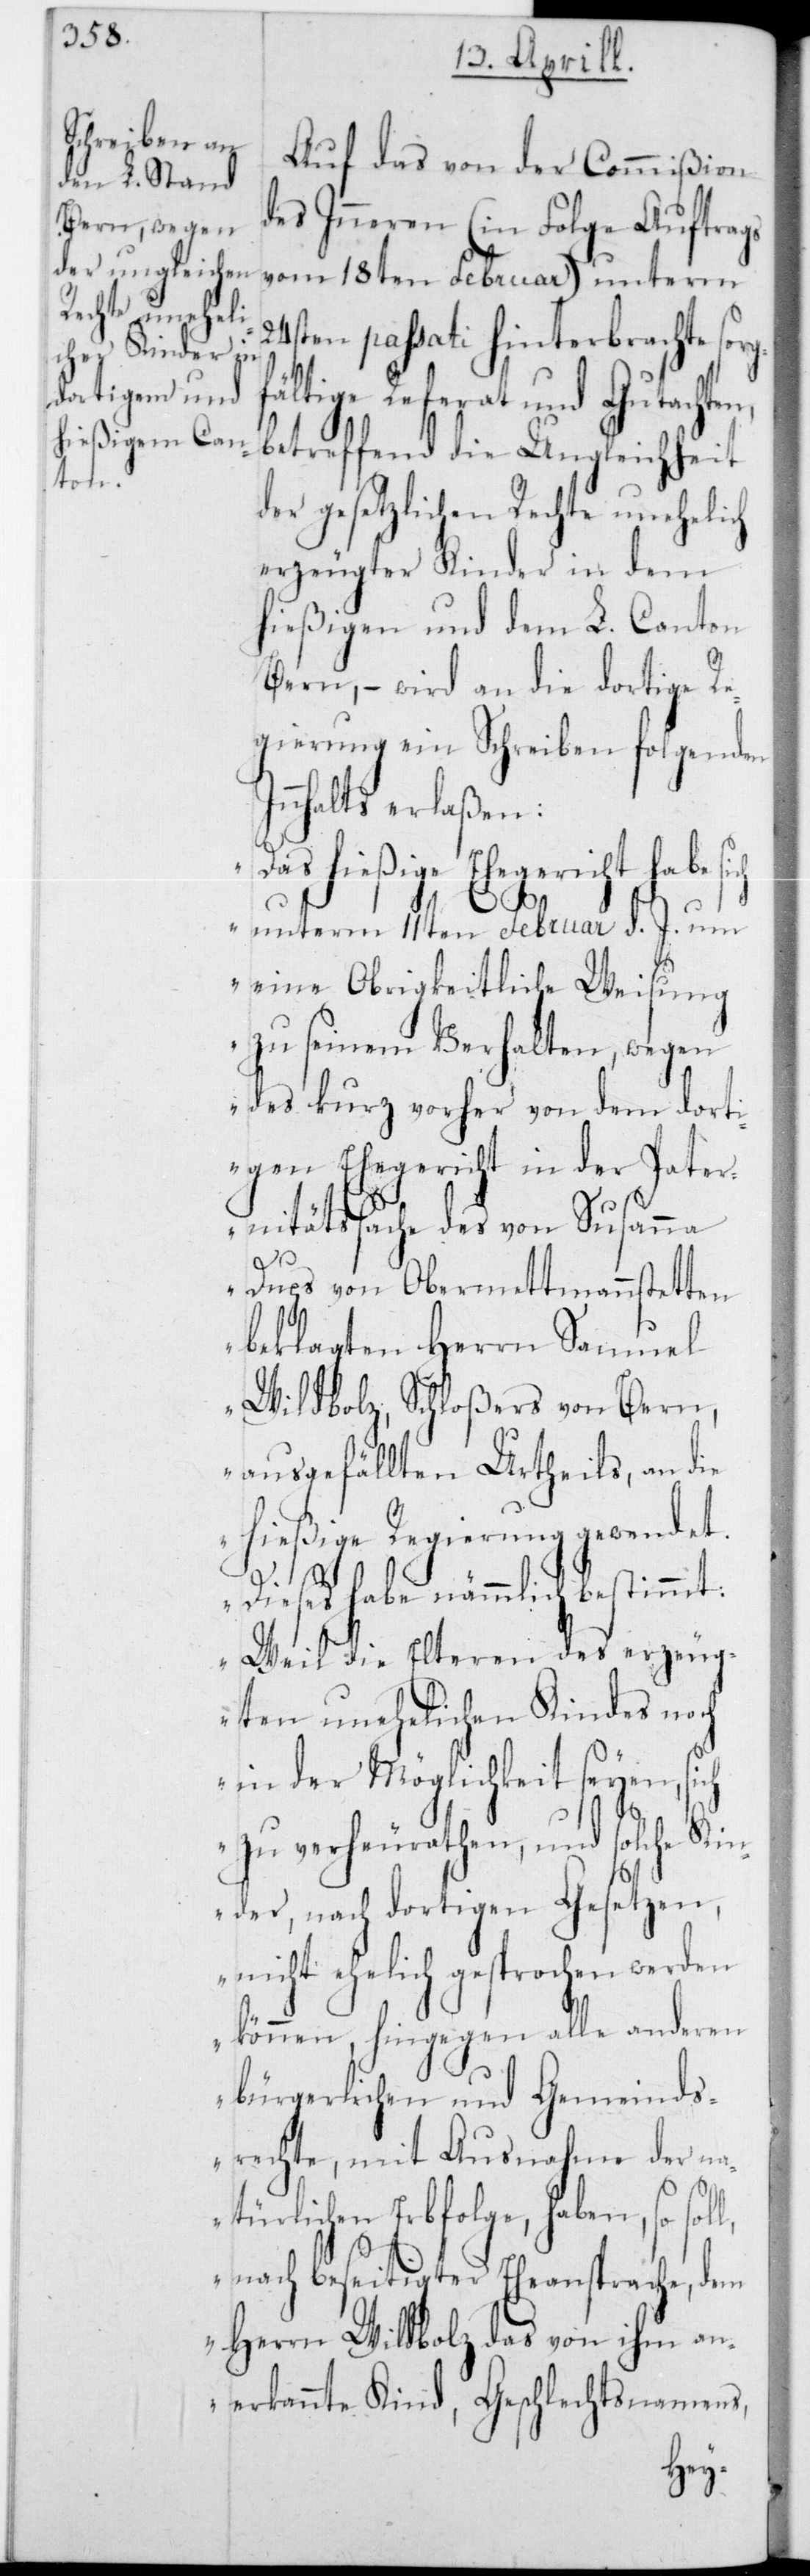
Auf das von der Commißion
des Innern (in Folge Auftrags
vom 18ten Februar) unterm
24sten passati hinterbrachte sorg¬
fältige Referat und Gutachten,
betreffend die Ungleichheit
der gesetzlichen Rechte unehelich
erzeugter Kinder in dem
hießigen und dem L. Canton
Bern, – wird an die dortige Re¬
gierung ein Schreiben folgenden
nnhalts erlaßen:
„D¬
as hießige Ehegericht habe
unterm 11ten Februar d. J. um
eine Obrigkeitliche Weisung
zu seinem Verhalten, wegen
des kurz vorher von dem dorti¬
gen Ehegericht in der Pater¬
nitätssache des von Susanna
l,
Dups von Obermettmennstetten
beklagten Herrn Samuel
Wildbolz, Schloßers von Bern,
ausgefällten Urtheils, an die
hießige Regierung gewendet.
I¬
Dieses habe nämmlich bestimmt:
Weil die Elteren des erzeug¬
ten unehelichen Kindes noch
in der Möglichkeit seyen, sich
zu verheurathen, und solche Kin¬
der, nach dortigen Gesetzen,
nicht ehelich gesprochen werden
können, hingegen alle anderen
bürgerlichen und Gemeinds¬
rechte, mit Ausnahme der n¬
atürlichen Erbfolge, haben, so sol¬
nach beseitigter Eheansprache, dem
Herrn Wildbolz das von ihm an¬
erkannte Kind, Geschlechtsnamens,